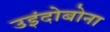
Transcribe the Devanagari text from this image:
उइंदोबोना